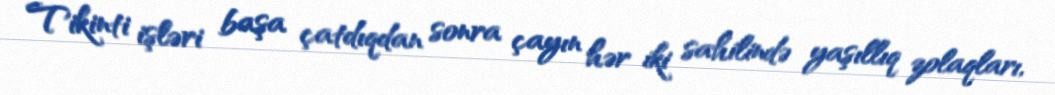
Tikinti işləri başa çatdıqdan sonra çayın hər iki sahilində yaşıllıq zolaqları,